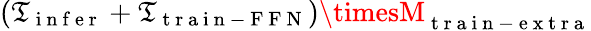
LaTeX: (\mathfrak{T}_{\mathrm{{~i~n~f~e~r~}}}+\mathfrak{T}_{\mathrm{{~t~r~a~i~n~-~F~F~N~}}})\timesM_{\mathrm{{~t~r~a~i~n~-~e~x~t~r~a~}}}